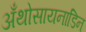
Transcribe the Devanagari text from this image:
अँथोसायनाडिन